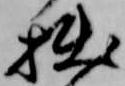
拙